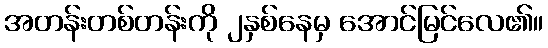
အတန်းတစ်တန်းကို ၂နှစ်နေမှ အောင်မြင်လေ၏။